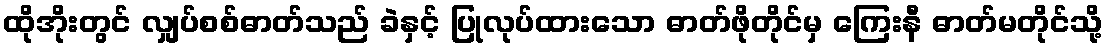
ထိုအိုးတွင် လျှပ်စစ်ဓာတ်သည် ခဲနှင့် ပြုလုပ်ထားသော ဓာတ်ဖိုတိုင်မှ ကြေးနီ ဓာတ်မတိုင်သို့